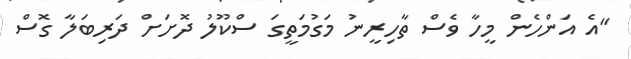
"އެ އަންހެން މީހާ ވެސް ތާހިރީނު މަގުމަތީގަ ސްކޫލު ދޮށަށް ދަރިބަލާ ގޮސް